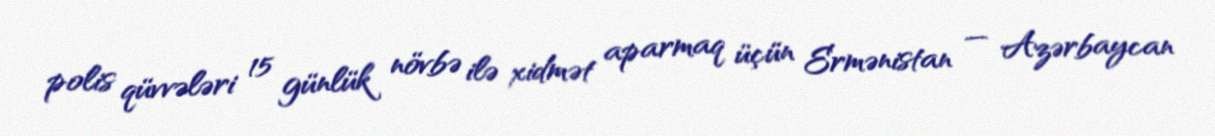
polis qüvvələri 15 günlük növbə ilə xidmət aparmaq üçün Ermənistan — Azərbaycan